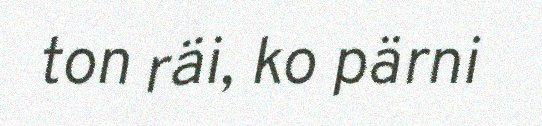
ton räi, ko pärni